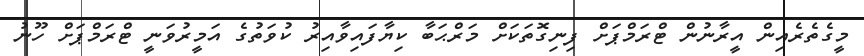
މީގެތެރެއިން އީރާނުން ޓްރަމްޕަށް ފިނިގޮތަކަށް މަރްޙަބާ ކިޔާފައިވާއިރު ކުވަތުގެ އަމީރުވަނީ ޓްރަމްޕަށް ހޫނު